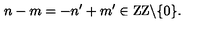
n - m = - n ^ { \prime } + m ^ { \prime } \in \mathrm { Z Z } \backslash \{ 0 \} .